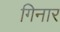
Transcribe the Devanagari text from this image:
गिनार